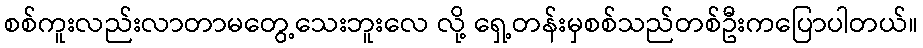
စစ်ကူးလည်းလာတာမတွေ့သေးဘူးလေ လို့ ရှေ့တန်းမှစစ်သည်တစ်ဦးကပြောပါတယ်။